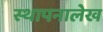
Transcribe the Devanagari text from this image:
स्थापनालेख